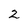
Character: 2